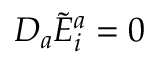
D _ { a } { \tilde { E } } _ { i } ^ { a } = 0